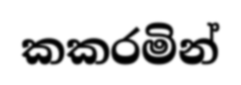
කකරමින්